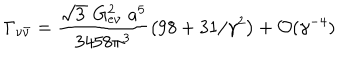
\Gamma _ { \nu { \bar { \nu } } } = \frac { \sqrt { 3 \, } \; G _ { e \nu } ^ { 2 } \; a ^ { 5 } } { 3 4 5 8 \pi ^ { 3 } } \left( 9 8 + 3 1 / \gamma ^ { 2 } \right) + { \cal O } ( \gamma ^ { - 4 } ) \;